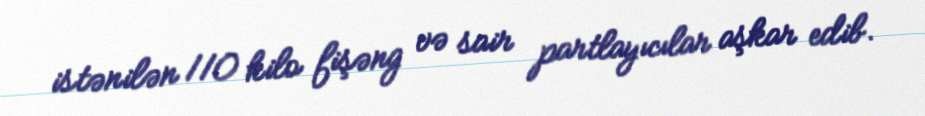
istənilən 110 kilo fişəng və sair partlayıcılar aşkar edib.